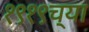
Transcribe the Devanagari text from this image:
१९१९च्या